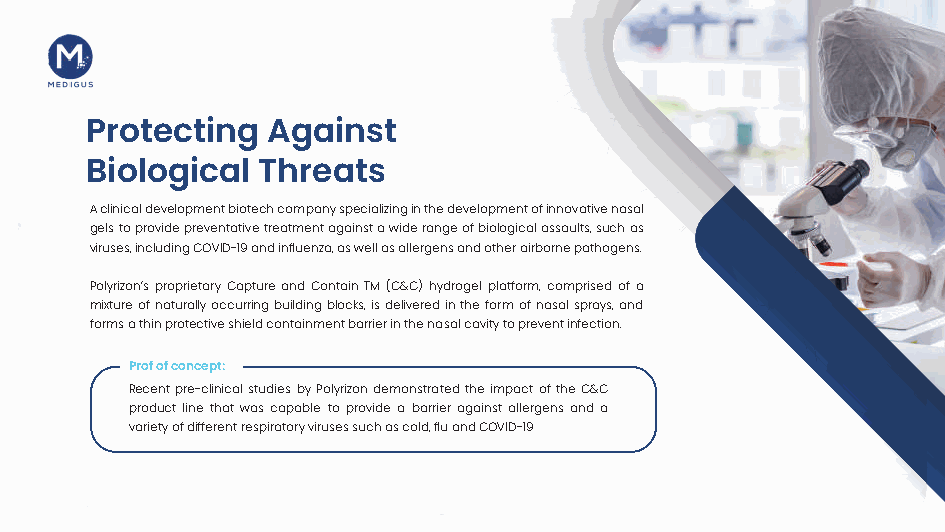
Protecting  Against
 Biological Threats
 A clinical development biotech company specializing in the development of innovative nasal
 gels to provide preventative treatment against a wide range of biological assaults, such as
 viruses, including COVID-19 and influenza, as well as allergens and other airborne pathogens.
 Polyrizon’s proprietary Capture and Contain TM (C&C) hydrogel platform, comprised of a
 mixture of naturally occurring building blocks, is delivered in the form of nasal sprays, and
 forms a thin protective shield containment barrier in the nasal cavity to prevent infection.
 Prof of concept:
 Recent pre-clinical studies by Polyrizon demonstrated the impact of the C&C
 product line that was capable to provide a barrier against allergens and a
 variety of different respiratory viruses such as cold, flu and COVID-19